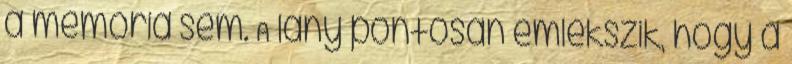
a memória sem. A lány pontosan emlékszik, hogy a